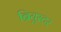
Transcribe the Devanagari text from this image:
ब्रियुस्टर